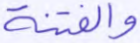
والفتنة